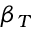
\beta { _ T }